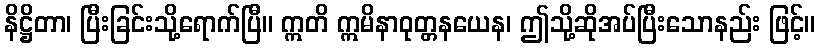
နိဋ္ဌိတာ၊ ပြီးခြင်းသို့ရောက်ပြီ။ ဣတိ ဣမိနာဝုတ္တနယေန၊ ဤသို့ဆိုအပ်ပြီးသောနည်း ဖြင့်။